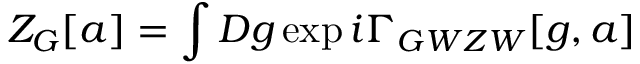
{ \cal Z } _ { G } [ a ] = \int { \cal D } g \exp { i \Gamma _ { G W Z W } [ g , a ] }